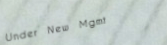
Under New Mgmt